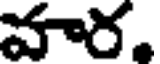
వార,